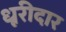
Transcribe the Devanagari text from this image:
धूरीदार